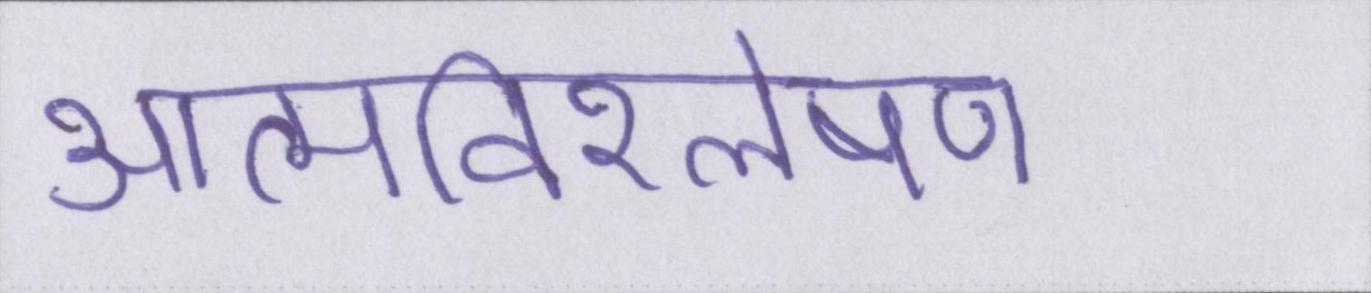
आत्मविश्लेषण